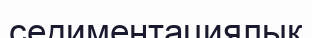
седиментациялық